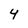
Character: 4